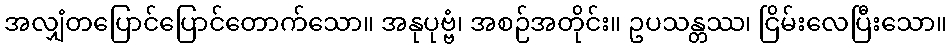
အလျှံတပြောင်ပြောင်တောက်သော။ အနုပုဗ္ဗံ၊ အစဉ်အတိုင်း။ ဥပသန္တဿ၊ ငြိမ်းလေပြီးသော။